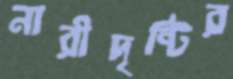
নারীদৃষ্টির